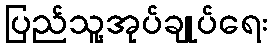
ပြည်သူ့အုပ်ချုပ်ရေး